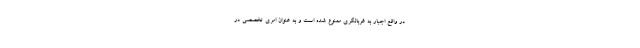
در واقع اجبار به غربالگری ممنوع شده است و به عنوان امری تخصصی در